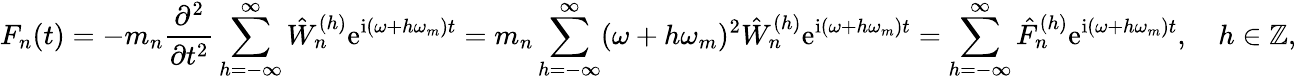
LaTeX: F_{n}(t)=-m_{n}\frac{\partial^{2}}{\partial t^{2}}\sum_{h=-\infty}^{\infty}\hat{W}_{n}^{(h)}\mathrm{e}^{\mathrm{i}(\omega+h\omega_{m})t}=m_{n}\sum_{h=-\infty}^{\infty}(\omega+h\omega_{m})^{2}\hat{W}_{n}^{(h)}\mathrm{e}^{\mathrm{i}(\omega+h\omega_{m})t}=\sum_{h=-\infty}^{\infty}\hat{F}_{n}^{(h)}\mathrm{e}^{\mathrm{i}(\omega+h\omega_{m})t},\quad h\in\mathbb{Z},